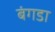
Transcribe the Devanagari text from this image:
बंगडा